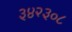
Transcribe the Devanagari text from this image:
३४२३०८